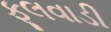
ફૂલવાડી